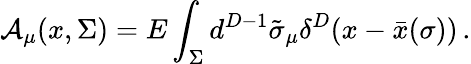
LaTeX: {\cal A}_{\mu}(x,\Sigma)=E\int_{\Sigma}d^{D-1}\tilde{\sigma}_{\mu}\delta^{D}(x-\bar{x}(\sigma))\, .